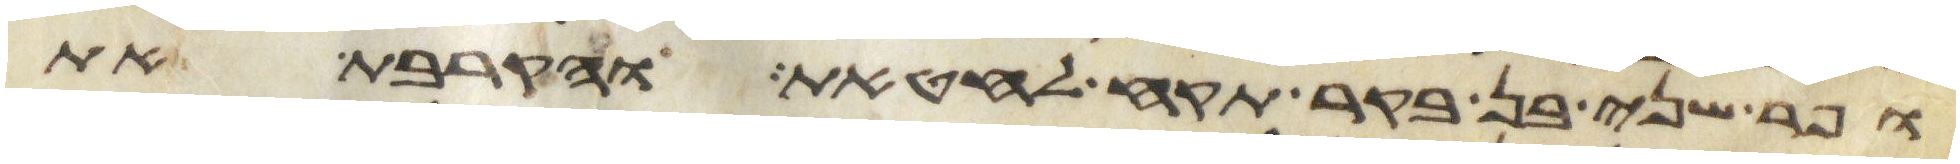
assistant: ופר שני בן בקר תקח לחטאת והקרבת את